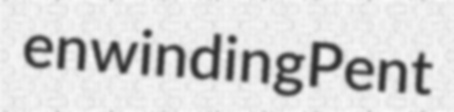
enwinding Pent